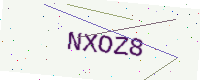
Text: NXOZ8